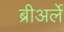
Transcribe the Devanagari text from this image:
ब्रीअर्ले